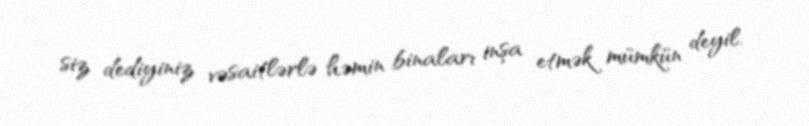
siz dediyiniz vəsaitlərlə həmin binaları inşa etmək mümkün deyil.